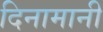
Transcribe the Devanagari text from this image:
दिनामानी